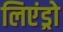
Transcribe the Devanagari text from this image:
लिएंड्रो